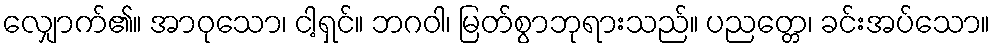
လျှောက်၏။ အာဝုသော၊ ငါ့ရှင်။ ဘဂဝါ၊ မြတ်စွာဘုရားသည်။ ပညတ္တေ၊ ခင်းအပ်သော။